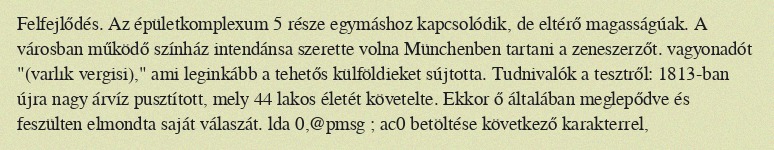
Felfejlődés. Az épületkomplexum 5 része egymáshoz kapcsolódik, de eltérő magasságúak. A városban működő színház intendánsa szerette volna Münchenben tartani a zeneszerzőt. vagyonadót "(varlık vergisi)," ami leginkább a tehetős külföldieket sújtotta. Tudnivalók a tesztről: 1813-ban újra nagy árvíz pusztított, mely 44 lakos életét követelte. Ekkor ő általában meglepődve és feszülten elmondta saját válaszát. lda 0,@pmsg ; ac0 betöltése következő karakterrel,